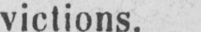
victions.